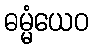
ဓမ္မံယေဝ